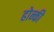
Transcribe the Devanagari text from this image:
होन्की